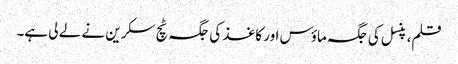
قلم، پنسل کی جگہ ماؤس اور کاغذ کی جگہ ٹچ سکرین نے لے لی ہے۔